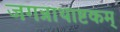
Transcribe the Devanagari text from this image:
जगन्नाथाष्टकम्